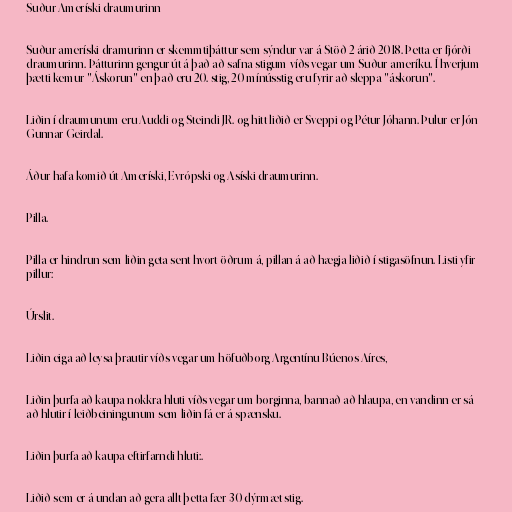
Suður-Ameríski draumurinn

Suður-ameríski dramurinn er skemmtiþáttur sem sýndur var á Stöð 2 árið 2018. Þetta er fjórði
draumurinn. Þátturinn gengur út á það að safna stigum víðs vegar um Suður-ameríku. Í hverjum
þætti kemur "Áskorun" en það eru 20. stig, 20 mínússtig eru fyrir að sleppa "áskorun".

Liðin í draumunum eru Auddi og Steindi JR. og hitt liðið er Sveppi og Pétur Jóhann. Þulur er Jón
Gunnar Geirdal.

Áður hafa komið út Ameríski, Evrópski og Asíski draumurinn.

Pilla.

Pilla er hindrun sem liðin geta sent hvort öðrum á, pillan á að hægja liðið í stigasöfnun. Listi yfir
pillur:

Úrslit.

Liðin eiga að leysa þrautir víðs vegar um höfuðborg Argentínu Búenos Aíres,

Liðin þurfa að kaupa nokkra hluti víðs vegar um borginna, bannað að hlaupa, en vandinn er sá
að hlutir í leiðbeiningunum sem liðin fá er á spænsku.

Liðin þurfa að kaupa eftirfarndi hluti:.

Liðið sem er á undan að gera allt þetta fær 30 dýrmæt stig.